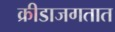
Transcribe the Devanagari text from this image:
क्रीडाजगतात